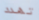
تهدد